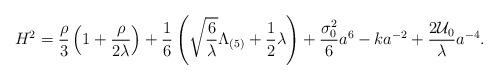
LaTeX: \begin{align*}H^{2} = \frac{\rho}{3} \left( 1 + \frac{\rho}{2\lambda} \right)+ \frac{1}{6} \left( \sqrt{\frac{6}{\lambda}}\Lambda_{(5)} +\frac{1}{2} \lambda \right) + \frac{\sigma_0^2}{6} a^{\-6}- k a^{-2} + \frac{2{\cal U}_{0}}{\lambda} a^{-4}.\end{align*}